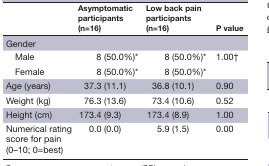
<table><thead><tr><td></td><td><b>Asymptomatic participants (n=16)</b></td><td><b>Low back pain participants (n=16)</b></td><td><b>P value</b></td></tr></thead><tbody><tr><td colspan="4">Gender</td></tr><tr><td> Male</td><td>8 (50.0%)*</td><td>8 (50.0%)*</td><td rowspan="2">1.00†</td></tr><tr><td> Female</td><td>8 (50.0%)*</td><td>8 (50.0%)*</td></tr><tr><td>Age (years)</td><td>37.3 (11.1)</td><td>36.8 (10.1)</td><td>0.90</td></tr><tr><td>Weight (kg)</td><td>76.3 (13.6)</td><td>73.4 (10.6)</td><td>0.52</td></tr><tr><td>Height (cm)</td><td>173.4 (9.3)</td><td>173.4 (8.9)</td><td>1.00</td></tr><tr><td>Numerical rating score for pain (0–10; 0=best)</td><td>0.0 (0.0)</td><td>5.9 (1.5)</td><td>0.00</td></tr></tbody></table>